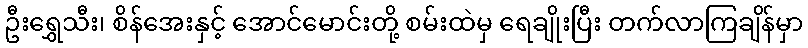
ဦးရွှေသီး၊ စိန်အေးနှင့် အောင်မောင်းတို့ စမ်းထဲမှ ရေချိုးပြီး တက်လာကြချိန်မှာ